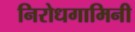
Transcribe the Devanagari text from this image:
निरोधगामिनी